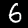
Label: 6